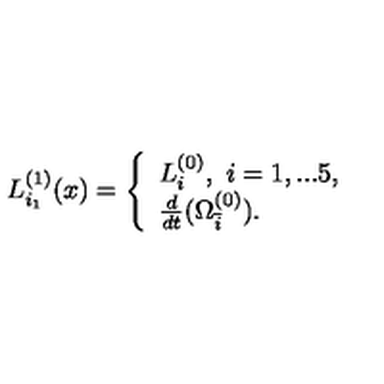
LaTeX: L _ { i _ { 1 } } ^ { ( 1 ) } ( x ) = \left\{ \begin{array} { l l } { L _ { i } ^ { ( 0 ) } , \ i = 1 , . . . 5 , } \\ { \frac { d } { d t } ( \Omega _ { \bar { i } } ^ { ( 0 ) } ) . } \\ \end{array} \right.